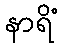
နာရိံ